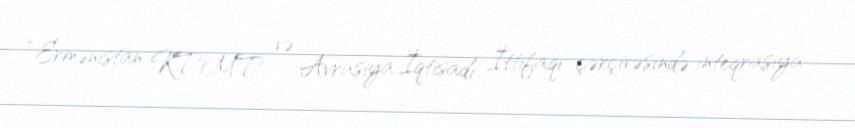
“Ermənistan KTMT və Avrasiya İqtisadi İttifaqı çərçivəsində inteqrasiya